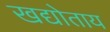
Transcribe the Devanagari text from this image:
खद्योताय